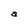
Character: a